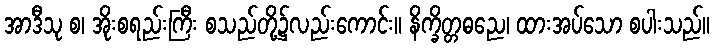
အာဒီသု စ၊ အိုးစရည်းကြီး စသည်တို့၌လည်းကောင်း။ နိက္ခိတ္တဓညေ၊ ထားအပ်သော စပါးသည်။